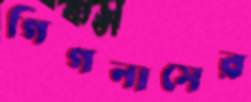
গিগনাসের